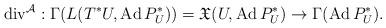
LaTeX: \begin{align*}\operatorname{div}^\mathcal{A}:\Gamma(L(T^*U,\operatorname{Ad}P^*_U))=\mathfrak{X}(U,\operatorname{Ad}P^*_U)\rightarrow\Gamma(\operatorname{Ad}P^*_U).\end{align*}